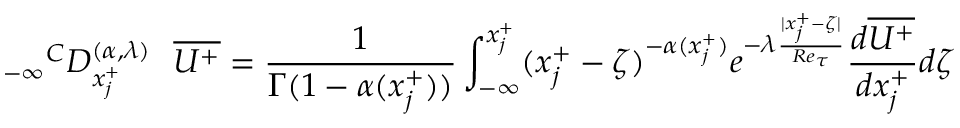
{ _ { - \infty } } ^ { C } D _ { x _ { j } ^ { + } } ^ { ( \alpha , { \lambda } ) } ~ ~ \overline { { U ^ { + } } } = \frac { 1 } { \Gamma ( 1 - \alpha ( x _ { j } ^ { + } ) ) } \int _ { - \infty } ^ { x _ { j } ^ { + } } ( x _ { j } ^ { + } - \zeta ) ^ { - \alpha ( x _ { j } ^ { + } ) } { e ^ { - \lambda \frac { | x _ { j } ^ { + } - \zeta | } { R e _ { \tau } } } } \frac { d \overline { { U ^ { + } } } } { d x _ { j } ^ { + } } d \zeta